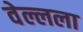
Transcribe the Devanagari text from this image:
वेल्लला